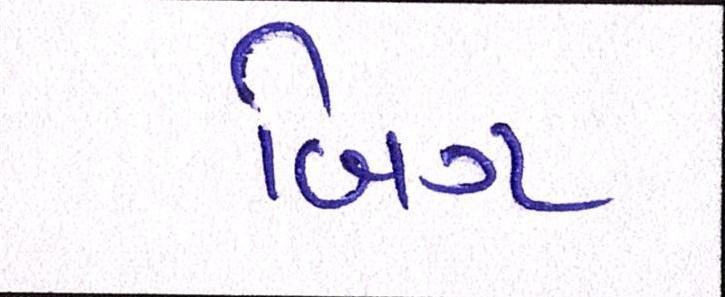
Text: બિગ